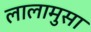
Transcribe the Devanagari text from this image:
लालामुसा